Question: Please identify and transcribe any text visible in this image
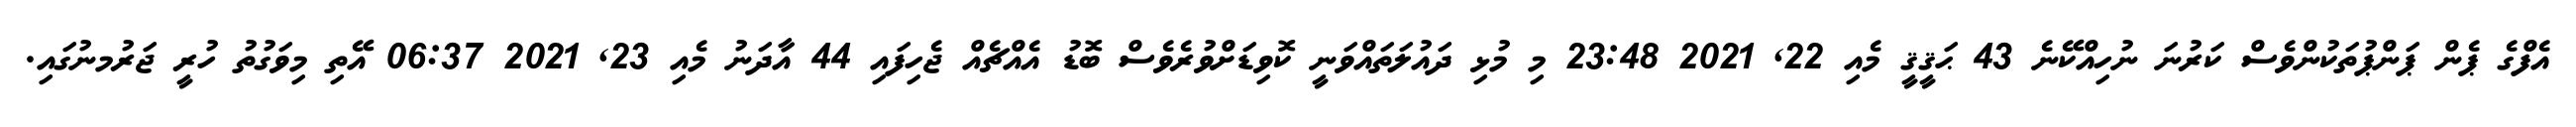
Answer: އެފްގެ ޕެން ޕަންޕުތަކުންވެސް ކަރުނަ ނުހިއްކޭނެ 43 ޙަޤީޤީ މެއި 22, 2021 23:48 މި މުޅި ދައުލަތައްވަނީ ކޮވިޑަށްވުރެވެސް ބޮޑު އެއްޗެއް ޖެހިފައި 44 އާދަނު މެއި 23, 2021 06:37 އޭތި މިވަގުތު ހުރީ ޖަރުމނުގައި.